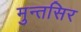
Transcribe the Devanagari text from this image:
मुन्तसिर